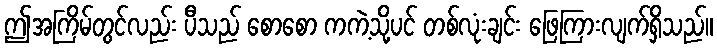
ဤအကြိမ်တွင်လည်း ပီသည် စောစော ကကဲ့သို့ပင် တစ်လုံးချင်း ဖြေကြားလျက်ရှိသည်။